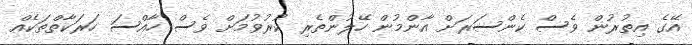
އޭގެ އިތުރުން ވެސް ކެންސަރަށް އާންމުން ހޭލުންތެރި ކުރުވުމަށް ވެސް ހާއްސަ ހަރަކާތްތަކެއް